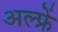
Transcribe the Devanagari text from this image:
अल्फ्रें